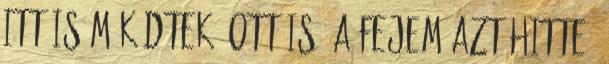
itt is működtek, ott is. A fejem azt hitte,